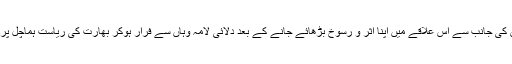
تبت کو چین اپنا خود مختار علاقہ تصور کرتا ہے اور چین کی جانب سے اس علاقے میں اپنا اثر و رسوخ بڑھائے جانے کے بعد دلائی لامہ وہاں سے فرار ہوکر بھارت کی ریاست ہماچل پردیش کے پہاڑی علاقے دھرم شالا میں منتقل ہوگئے تھے۔